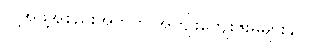
လူ့အဖွဲ့အစည်းအတွက် အကျိုးကျေးဇူးမများနိုင်ပါ။